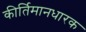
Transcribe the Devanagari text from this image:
कीर्तिमानधारक